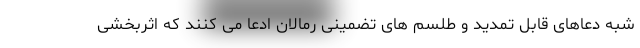
شبه دعاهای قابل تمدید و طلسم های تضمینی رمالان ادعا می کنند که اثربخشی